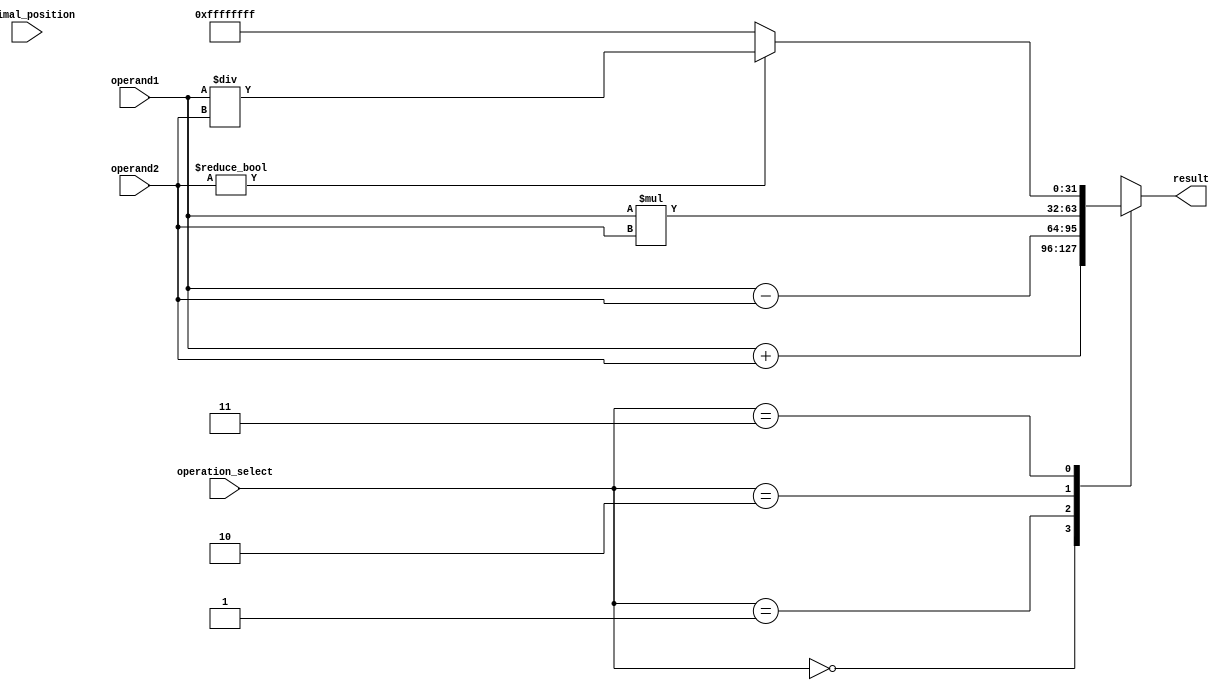
module FixedPointFloatingPointUnit (
    input [31:0] operand1,
    input [31:0] operand2,
    input [3:0] decimal_position,
    input [1:0] operation_select,
    output reg [31:0] result
);

// Constants for different operations
parameter ADDITION = 2'b00;
parameter SUBTRACTION = 2'b01;
parameter MULTIPLICATION = 2'b10;
parameter DIVISION = 2'b11;

// Perform the selected operation
always @* begin
    case(operation_select)
        ADDITION: result = operand1 + operand2;
        SUBTRACTION: result = operand1 - operand2;
        MULTIPLICATION: result = operand1 * operand2;
        DIVISION: begin
            if(operand2 != 0)
                result = operand1 / operand2;
            else
                result = 32'hFFFFFFFF; // Or any other error handling mechanism
        end
    endcase
end

endmodule